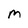
Character: M